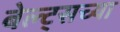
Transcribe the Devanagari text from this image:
बेल्ट्सच्या